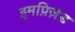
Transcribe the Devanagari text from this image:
इमप्रिज़ंड